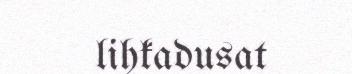
lihkadusat